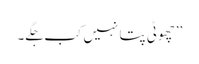
’’چھوٹی پتا نہیں کب جگے۔